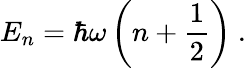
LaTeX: E_{n}=\hbar\omega\left(n+{\frac{1}{2}}\right)~.